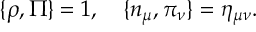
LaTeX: \{ \rho , \Pi \} = 1 , \quad \{ n _ { \mu } , \pi _ { \nu } \} = \eta _ { \mu \nu } .